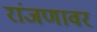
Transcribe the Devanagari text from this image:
रांजणावर